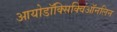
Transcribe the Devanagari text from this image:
आयोडॉक्सिक्विऑनलिन